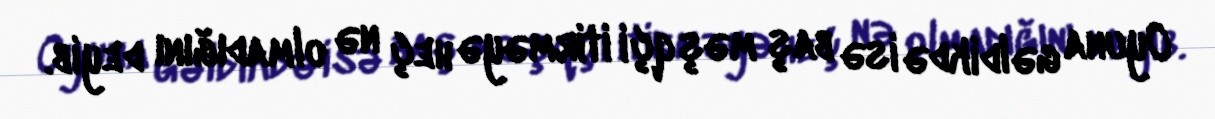
Oyuna gəldikdə isə baş məşqçi itirməyə heç nə olmadığını deyib.